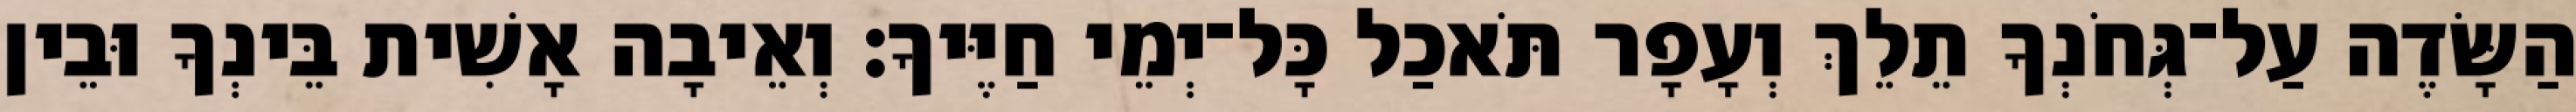
הַשָּׂדֶה עַל־גְּחֹנְךָ תֵלֵךְ וְעָפָר תֹּאכַל כָּל־יְמֵי חַיֶּיךָ׃ וְאֵיבָה אָשִׁית בֵּינְךָ וּבֵין